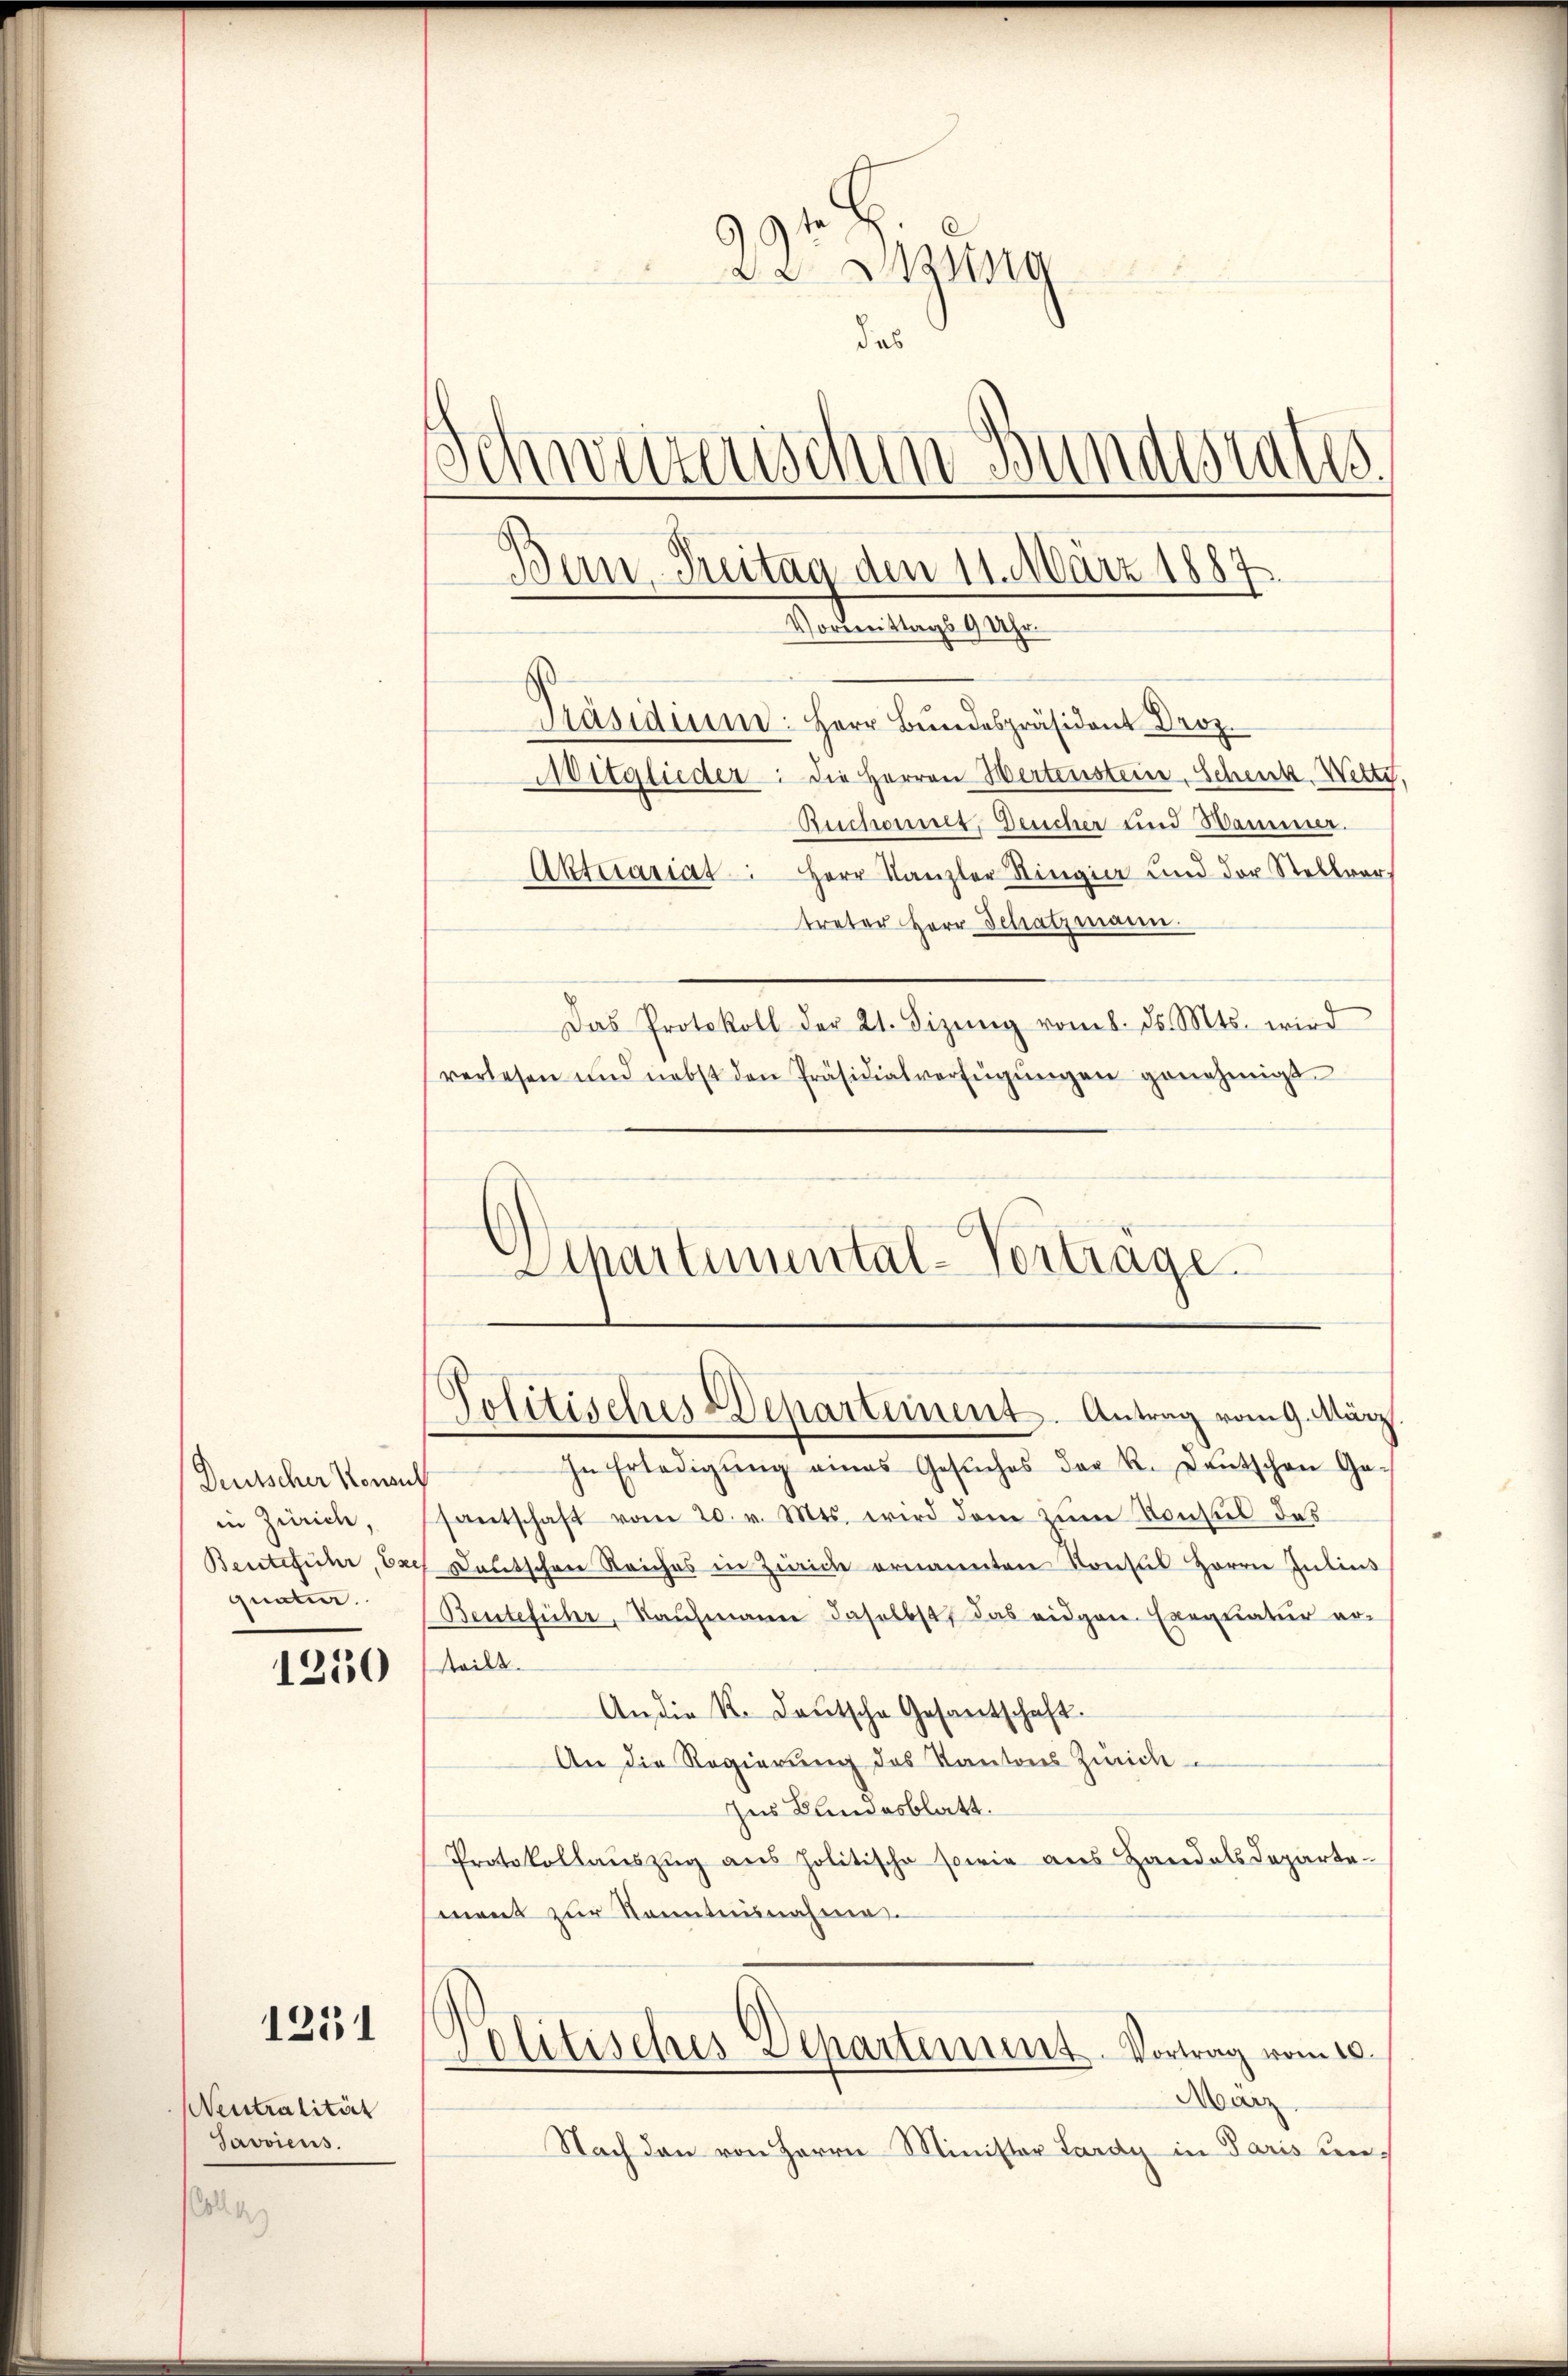
in Zürich,
Beute führ, Bach
quaten.

1250

1231

Neutralitär
Savviens.
s

22 Sitzung
das
Schweizerischen Bundestates.
Bein Freitag den 11. März 1887.

Präsidium: Herr Bŭndespräsident Droz.
Mitglieder: die Herren Hertenstein, Schenk Wette,
Ruchonnet, Deucher und Hammer.
Aktuariat. Herr Kanzler Ringier und der Stellver
treter Herr Schatzmann.
Das Protokoll der 21. Fizŭng vom 8. ds. Mts. wird
verlesen und nebst den Präsidialverfügŭngen genehmigt.
Apartimental-Vortrage

Politisches Departement. Antrag vom 9. März.

Vormittags 9 Uhr.

Deutscher Konsul in Erledigŭng eines Gesŭches der K. Deutschen Ge-
santschaft vom 20. v. Mts. wird den zŭm Konsul das
Deutschen Reiches in Zürich ernannten Konsul Herrn Inlies
(Beuteführ, Kaŭfmann daselbst, das eidgen. Exequatur er-
tteilt.
An die K. Deutsche Gesantschaft.
An die Regierung des Kantons Zürich
Zus Bundesblatt.
Protokollaŭszŭg ans politische sowie aŭs Handelsdepartement zur Kenntnunahme.
s
politisches Departement. Vortrag vom 10.
Marz
Nach den von Herrn Minister Lardy in Paris un¬